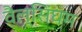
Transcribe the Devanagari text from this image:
वैल्सिंघम